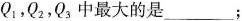
Q1.Q2，Q3中最大的是______；